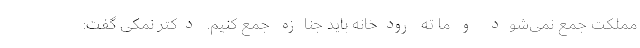
مملکت جمع نمی‌شود و ما ته رودخانه باید جنازه جمع کنیم. دکتر نمکی گفت: